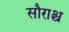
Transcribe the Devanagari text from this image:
सौराश्च